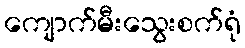
ကျောက်မီးသွေးစက်ရုံ